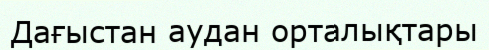
Дағыстан аудан орталықтары